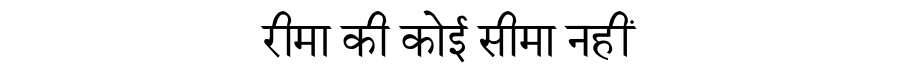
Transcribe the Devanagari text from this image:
रीमा की कोई सीमा नहीं